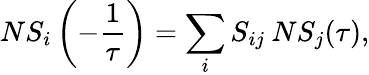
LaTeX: NS_{i}\left(-{\frac{1}{\tau}}\right)=\sum_{i}S_{ij}\: NS_{j}(\tau),